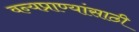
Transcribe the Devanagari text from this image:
वन्यप्राण्यांसाठी